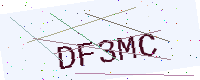
Text: DF3MC